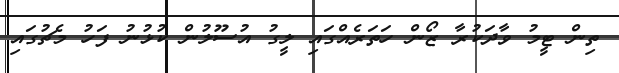
ތިން ޓީމު ވާދަކުރާ ޒޯން ހަތަރެއްގައި ލީގު އުސޫލުން ކުޅުނު ފަހު މެޗުގައި